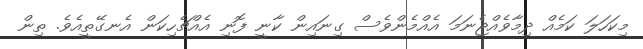
މިކަހަލަ ކަމެއް ދިމާވެއްޖެނަމަ އެއްމެންވެސް ގިނައިން ކާނީ ފޮނި އެއްޗެހިކަން އެނގޭތީއެވެ. ތިން